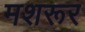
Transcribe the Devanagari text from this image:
मशरूर